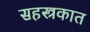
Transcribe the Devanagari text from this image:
सहस्त्रकात